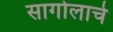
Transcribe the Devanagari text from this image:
सागोलाचे